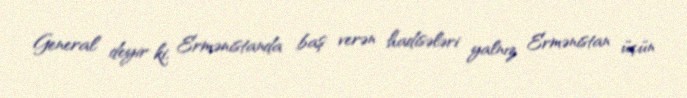
General deyir ki, Ermənistanda baş verən hadisələri yalnız Ermənistan üçün